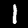
Label: 1